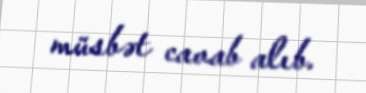
müsbət cavab alıb.